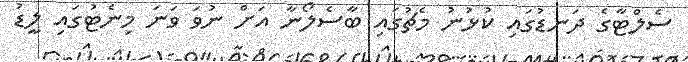
ސެލްޓާގެ ދަނޑުގައި ކުޅުނު މެޗުގައި ބާސެލޯނާ އަށް ނުވަ ވަނަ މިނެޓުގައި ލީޑު